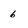
Character: 6